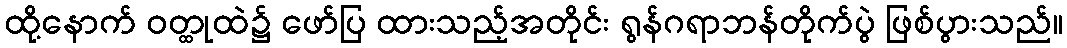
ထို့နောက် ဝတ္ထုထဲ၌ ဖော်ပြ ထားသည့်အတိုင်း ရွန်ဂရာဘန်တိုက်ပွဲ ဖြစ်ပွားသည်။